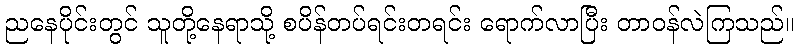
ညနေပိုင်းတွင် သူတို့နေရာသို့ စပိန်တပ်ရင်းတရင်း ရောက်လာပြီး တာဝန်လဲကြသည်။